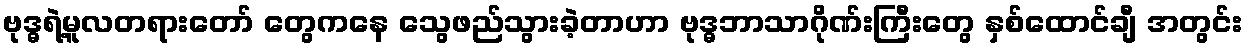
ဗုဒ္ဓရဲ့မူလတရားတော် တွေကနေ သွေဖည်သွားခဲ့တာဟာ ဗုဒ္ဓဘာသာဂိုဏ်းကြီးတွေ နှစ်ထောင်ချီ အတွင်း